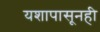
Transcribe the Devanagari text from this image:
यशापासूनही